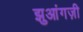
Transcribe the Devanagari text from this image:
झुआंगज़ी